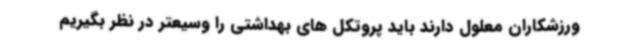
ورزشکاران معلول دارند باید پروتکل های بهداشتی را وسیعتر در نظر بگیریم